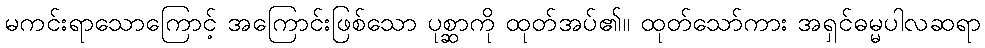
မကင်းရာသောကြောင့် အကြောင်းဖြစ်သော ပုစ္ဆာကို ထုတ်အပ်၏။ ထုတ်သော်ကား အရှင်ဓမ္မပါလဆရာ